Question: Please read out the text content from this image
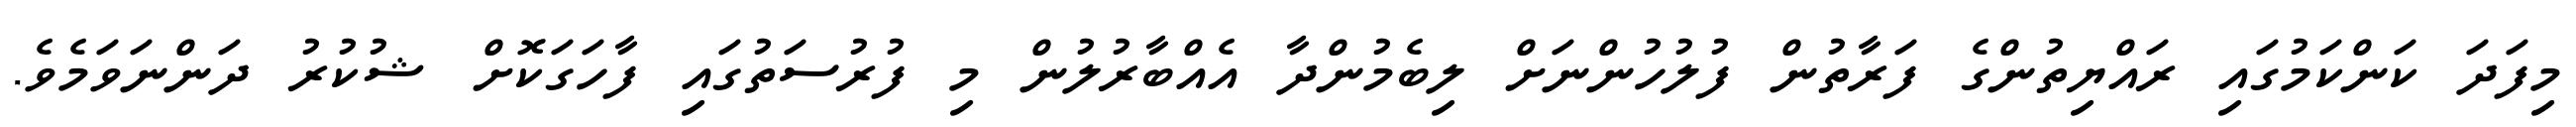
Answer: މިފަދަ ކަންކަމުގައި ރައްޔިތުންގެ ފަރާތުން ފުލުހުންނަށް ލިބެމުންދާ އެއްބާރުލުން މި ފުރުސަތުގައި ފާހަގަކޮށް ޝުކުރު ދަންނަވަމެވެ.